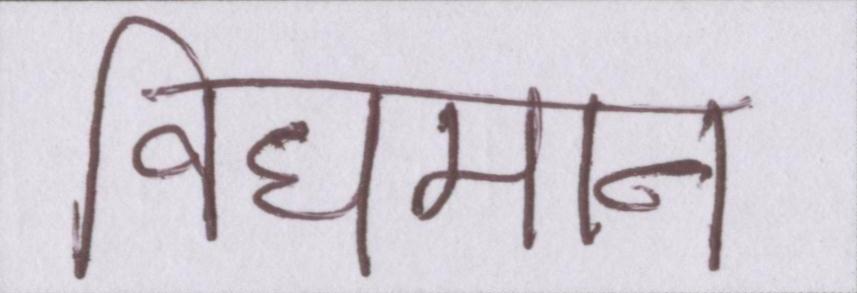
विधमान